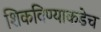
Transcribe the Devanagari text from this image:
शिकविण्याकडेच